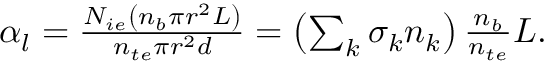
\begin{array} { r } { \alpha _ { l } = \frac { N _ { i e } \left( n _ { b } \pi r ^ { 2 } L \right) } { n _ { t e } \pi r ^ { 2 } d } = \left( \sum _ { k } \sigma _ { k } n _ { k } \right) \frac { n _ { b } } { n _ { t e } } L . } \end{array}